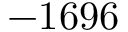
- 1 6 9 6